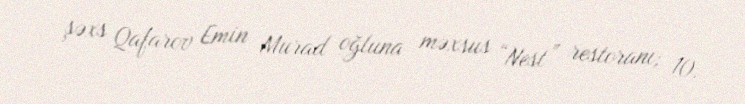
şəxs Qafarov Emin Murad oğluna məxsus “Nest” restoranı; 10.